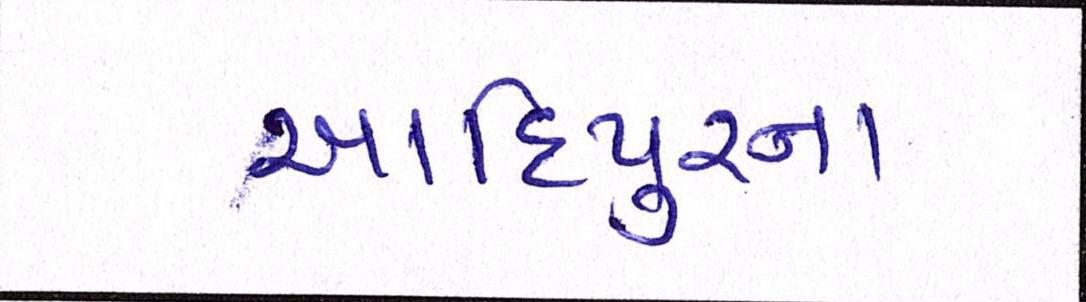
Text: આદિપુરના